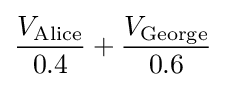
{\frac {V_{\text{Alice}}}{0.4}}+{\frac {V_{\text{George}}}{0.6}}